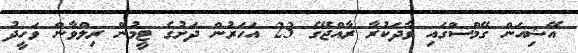
އޭޝިއަން ގޭމްސްގައި ވާދަކުރާ ރާއްޖޭގެ 23 އަހަރުން ދަށުގެ ޓީމުން ރިލްވާން ވަހީދު